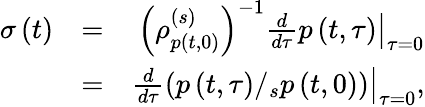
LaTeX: \begin{array}{rlr}{\sigma\left(t\right)}&{=}&{\left(\rho_{p\left(t,0\right)}^{\left(s\right)}\right)^{-1}\left.\frac{d}{d\tau}p\left(t,\tau\right)\right\vert_{\tau=0}}\\ &{=}&{\left.\frac{d}{d\tau}\left(p\left(t,\tau\right)/_{s}p\left(t,0\right)\right)\right\vert_{\tau=0},}\end{array}